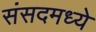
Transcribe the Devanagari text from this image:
संसदमध्ये